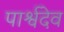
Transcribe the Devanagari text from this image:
पार्श्वदेव